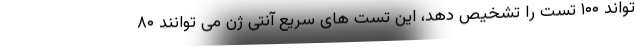
تواند ۱۰۰ تست را تشخیص دهد، این تست های سریع آنتی ژن می توانند ۸۰